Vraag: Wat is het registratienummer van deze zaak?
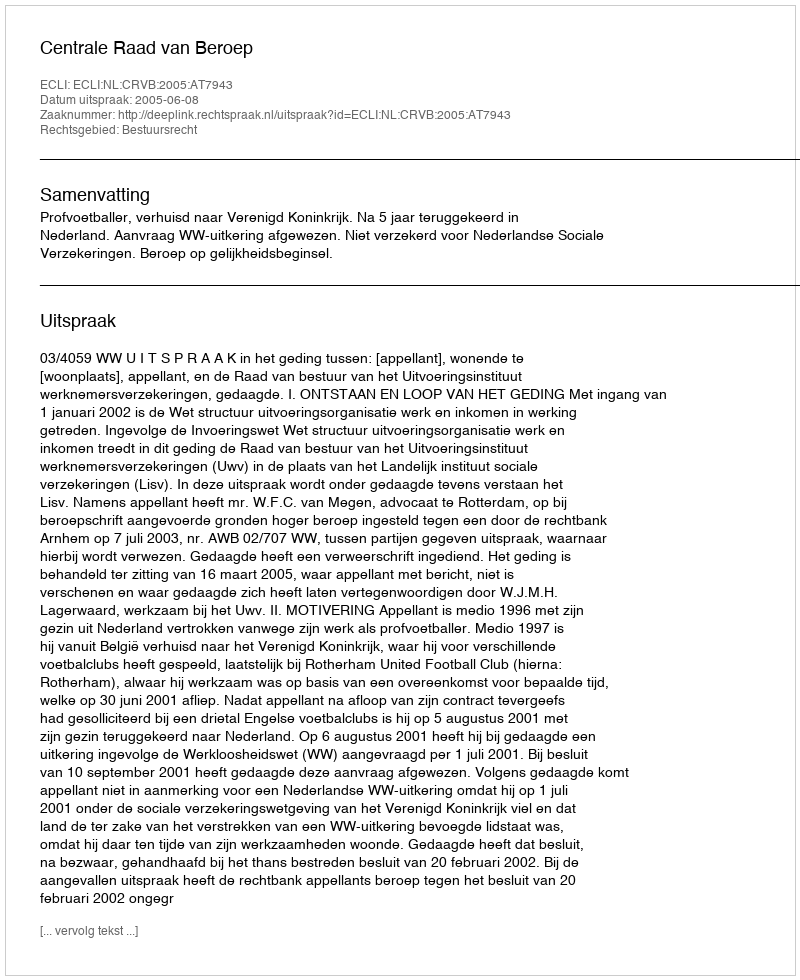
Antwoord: http://deeplink.rechtspraak.nl/uitspraak?id=ECLI:NL:CRVB:2005:AT7943